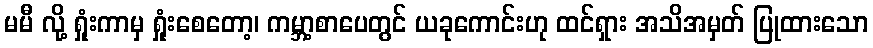
မမီ လို့ ရှုံးကာမှ ရှုံးစေတော့၊ ကမ္ဘာ့စာပေတွင် ယခုကောင်းဟု ထင်ရှား အသိအမှတ် ပြုထားသော